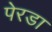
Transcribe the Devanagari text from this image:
पेरडा